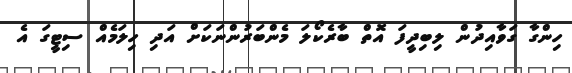
ހިންގާ ގަވާއިދުން ލިބިދީފަ އޮތް ބާރެކޯލަ މެންބަރުންނަކަށް އަދި ހިލަމެއް ސިޓީގަ އެ